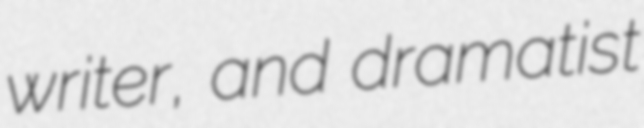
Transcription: writer, and dramatist